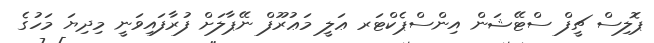
ޕޮލިސް ޗީފް ސްޓޭޝަން އިންސްޕެކްޓަރ ޢަލީ މަޢުރޫފް ނޭޕާލަށް ފުރާފައިވަނީ މިދިޔަ މަހުގެ